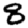
Digit: 8